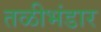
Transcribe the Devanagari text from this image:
तळीभंडार